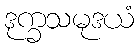
ဒုက္ခသမုဒယံ